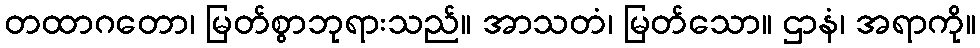
တထာဂတော၊ မြတ်စွာဘုရားသည်။ အာသတံ၊ မြတ်သော။ ဌာနံ၊ အရာကို။